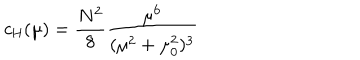
c _ { \mathrm { H } } ( \mu ) = { \frac { N ^ { 2 } } { 8 } } { \frac { \mu ^ { 6 } } { ( \mu ^ { 2 } + \mu _ { 0 } ^ { 2 } ) ^ { 3 } } }